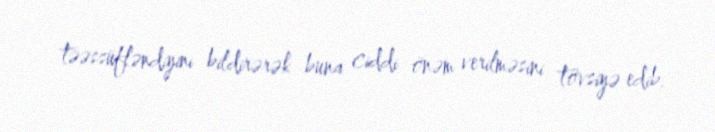
təəssüfləndiyini bildirərək buna ciddi önəm verilməsini tövsiyə edib.